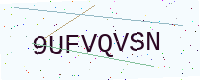
Text: 9UFVQVSN